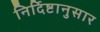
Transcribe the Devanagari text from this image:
निर्दिष्टानुसार